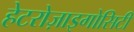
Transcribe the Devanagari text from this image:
हेटरोज़ाइगोसिटी